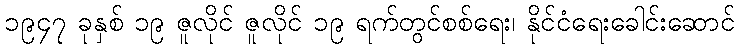
၁၉၄၇ ခုနှစ် ၁၉ ဇူလိုင် ဇူလိုင် ၁၉ ရက်တွင်စစ်ရေး၊ နိုင်ငံရေးခေါင်းဆောင်